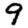
Digit: 9